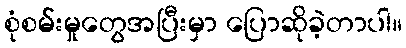
စုံစမ်းမှုတွေအပြီးမှာ ပြောဆိုခဲ့တာပါ။